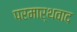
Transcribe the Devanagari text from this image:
परमार्थवाद